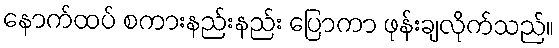
နောက်ထပ် စကားနည်းနည်း ပြောကာ ဖုန်းချလိုက်သည်။